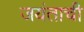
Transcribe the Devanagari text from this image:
जयंताची